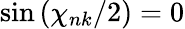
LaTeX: \sin{(\chi_{nk}/2)}=0